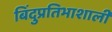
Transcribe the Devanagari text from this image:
बिंदुप्रतिभाशाली